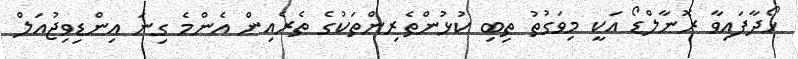
ހޯދާފައިވާ ރޮނާލްޑޯ އަކީ މިވަގުތު ތިބި ކުޅުންތެރިންތަކުގެ ތެރެއިން އެންމެ ގިނަ އިންޑިވިޖުއަލް